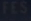
HIS